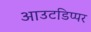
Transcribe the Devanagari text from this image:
आउटडिप्पर